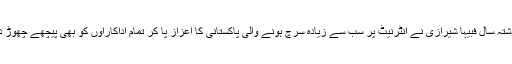
گزشتہ سال فبیہا شیرازی نے انٹرنیٹ پر سب سے زیادہ سرچ ہونے والی پاکستانی کا اعزاز پا کر تمام اداکاراوں کو بھی پیچھے چھوڑ دیا۔